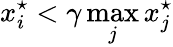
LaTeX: x_{i}^{\star}<\gamma\operatorname*{max}_{j}x_{j}^{\star}